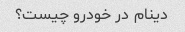
دینام در خودرو چیست؟